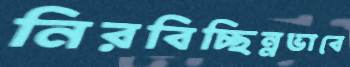
নিরবিচ্ছিন্নভাবে